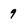
Character: 9